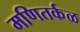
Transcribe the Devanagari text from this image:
मणितर्कळ